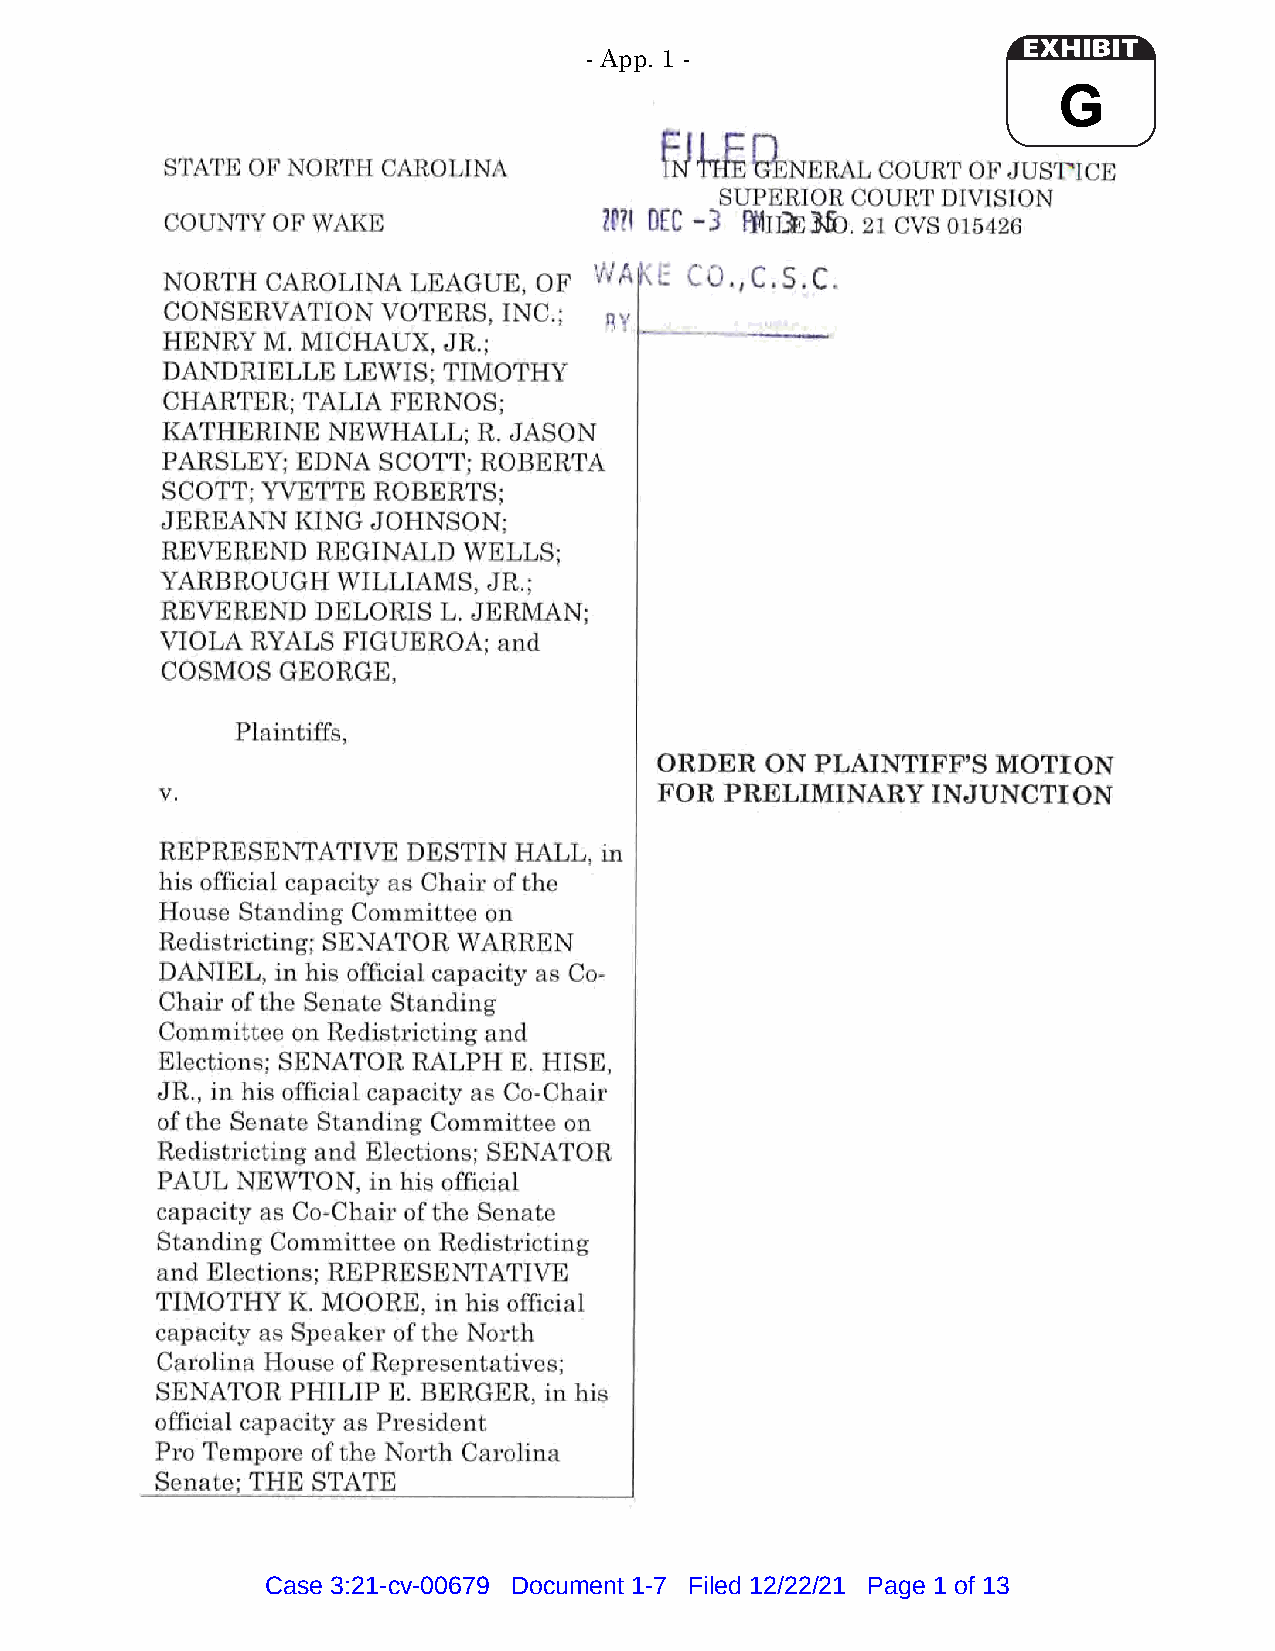
- App. 1 -
 G
 fJ h ii
 STATE OF NORTH CAROLINA                hl;NERAL COURT OF JUST'ICE
 SUPERIOR COURT DIVISION
 COUNTY OF WAKE               7.Pll OEC -J PFIII3.E 1fu. 21 cvs 015426
 r-o
 WAKr:      C S C
 NORTH  CAROLINA LEAGUE,  OF      ... .__, •
 1 • : - •
 CONSERVATION  VOTERS, INC.;  RY   ···---· ..
 HENRY M. MICHAUX, JR.;              -  --
 DANDRIELLE  LEWIS; TIMOTHY
 CHARTER; TALIA FERNOS;
 KATHERINE  NEWHALL;  R. JASON
 PARSLEY; EDNA SCOTT; ROBERTA
 SCOTT; YVETTE ROBERTS;
 JEREANN  KING JOHNSON;
 REVEREND  REGINALD  WELLS;
 YARBROUGH  WILLIAMS, JR.;
 REVEREND  DELORIS L. JERMAN;
 VIOLA RYALS FIGUEROA; and
 COSMOS  GEORGE,
 Plaintiffs,
 ORDER  ON PLAINTIFF'S MOTION
 V.                               FOR PRELIMINARY   INJUNCTION
 REPRESENTATIVE  DESTIN HALL, in
 his official capacity as Chair of the
 House Standing Committee on
 Redistricting; SENATOR WARREN
 DANIEL, in his official capacity as Co
 Chair of the Senate Standing
 Committee on Redistricting and
 Elections; SENATOR RALPH E. HISE,
 JR., in his official capacity as Co-Chair
 of the Senate Standing Committee on
 Redistricting and Elections; SENATOR
 PAUL  NEWTON, in his official
 capacity as Co-Chair of the Senate
 Standing Committee on Redistricting
 and Elections; REPRESENTATIVE
 TIMOTHY  K. MOORE, in his official
 capacity as Speaker of the North
 Carolina House of Representatives;
 SENATOR  PHILIP E. BERGER, in his
 official capacity as President
 Pro Temp ore of the North Carolina
 Senate; THE STATE
 Case 3:21-cv-00679 Document 1-7 Filed 12/22/21 Page 1 of 13